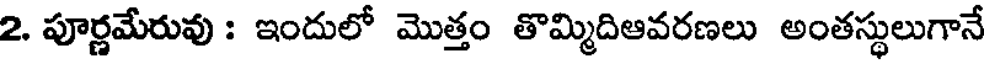
2. పూర్ణమేరువు : ఇందులో మొత్తం తొమ్మిదిఆవరణలు అంతస్థులుగానే